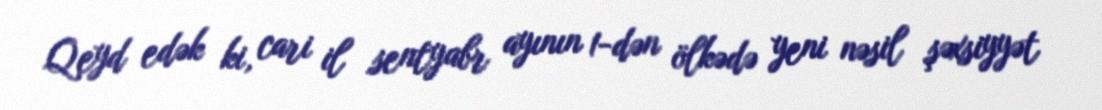
Qeyd edək ki, cari il sentyabr ayının 1-dən ölkədə yeni nəsil şəxsiyyət